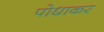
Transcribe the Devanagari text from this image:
पोधाकर